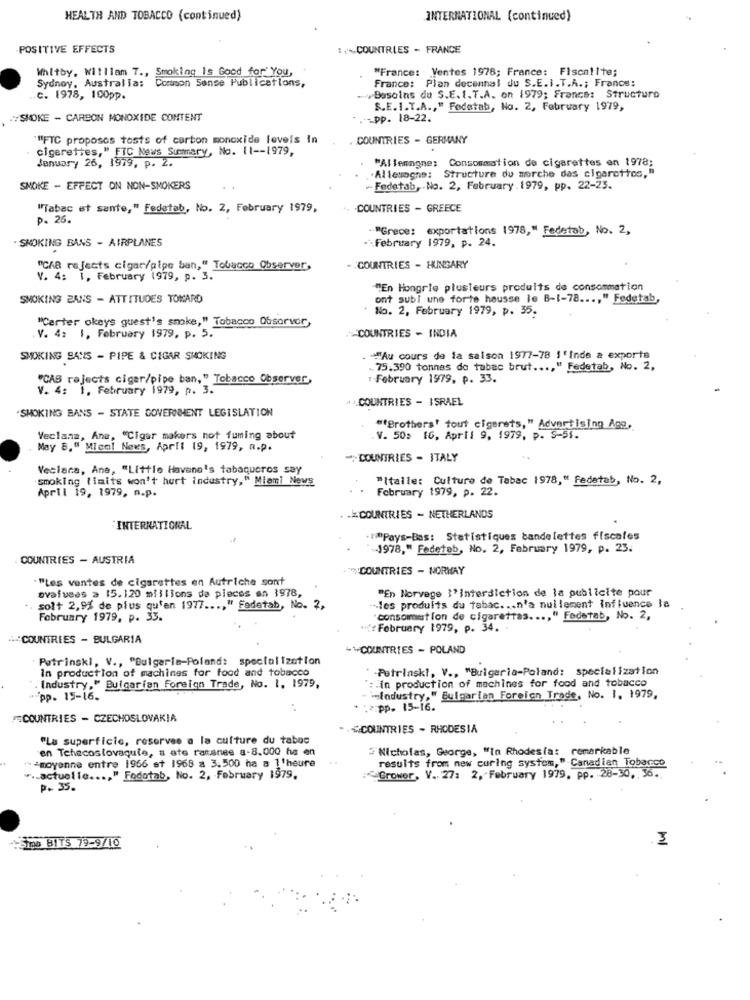
HEALTH AND TOBACCO (continued)
INTERNATIONAL (continued)
-POSITIVE EFFECTS
:. COUNTRIES - FRANCE
Whitby, Withlam 7 ., Smoking Is Good for You,
"France: Ventes 1978; France: Fiscallte;
Sydney, Australia:
Common Sense Publications,
France: Plan decemnal du S.E.I.T.A .; Francs:
c. 1978, 100pp.
Bosoins da S.E. I.T.A. on 1979; France: Structure
S.E.I.T.A ., " Fodatab, No. 2, February 1979,
SMOKE - CARBON MONOXIDE CONTENT
.- pp. 18-22.
"FTC proposos tosts of carbon monoxide loveis In
. COUNTRIES - GERMANY
cigarettes," FTC News Summary, No. 11 -- 1979,
January 26, 1979, p. 2.
"Allemagne: Consommation de cigarettes en 1978;
Allemogne: Structure du morche das cigarettes,"
SNOKE - EFFECT ON NON-SMOKERS
-Fedetab, No. 2, February. 1979, pp. 22-23.
"Tabac et sante," Fedetab, No. 2, February 1979,
.. . COUNTRIES - GREECE
p. 26.
-"Grece: exportations 1978," Fedetab, No. 2,
SMOKING BANS - AIRPLANES
-- February 1979, p. 24.
"Cha rejects cigar/pipe ban," Tobacco Observer,
-. COUNTRIES - HUNGARY
V. 4: 1, February 1979, p. 3.
"En Hongrie plusieurs produits de consommation
SMOKING ZANS - ATTITUDES TOWARD
ont subi une forte hausse le B-1-78 ..., " Fedetab,
. No. 2, February 1979, p. 35.
"Carter okeys quest's smoke," Tobacco Obsorver,
V. 4: 1, February 1979, p. 5.
COUNTRIES - INDIA
SMOKING SAYS - PIPE & CIGAR SMOKING
Au cours de la saison 1977-78 1'inde a exports
.. 75.390 tonnes de tabac brut ..., " Fedetab, No. 2,
"CAS rejects cigar/pipe ban," Tobacco Observer,
February 1979, p. 33.
V. 4: 1. February 1979, p. 3.
.. COUNTRIES - ISRAEL
.SMOKING BANS - STATE GOVERNMENT LEGISLATION
"(Brothers' tout cigarets," Advertising Age,
Veclana, Ana, "Cigar makers not fuming about
.V. 50= 16, April 9, 1979, p. S-51.
May 8," Mien! News, April 19, 1979, a.p.
"COUNTRIES - ITALY
Veclara, Ane, "Little Havana's tabaqueros say
smoking limits won't hurt industry," Miami News
"Italie: Cultura de Tabac 1978," Fedetab, No. 2,
April 19, 1979, n.p.
February 1979, p. 22.
. .. COUNTRIES - NETHERLANDS
INTERNATIONAL
** Pays-Bas: Statistiques bandelettes fiscales
1978," Fedeteb, No. 2, February 1979, p. 23.
COUNTRIES - AUSTRIA
""COUNTRIES - NORHAY
"Les ventes de cigarettes en Autriche sont
ovafuees a 15.120 millions da pieces an 1978,
"En Norvege l'interdiction de la publicite pour
solt 2,9% de plus qu'en 1977 ..., " Fadetab, No. 2,
-- les produits du tabac ... n'a nullement influence la
February 1979, p. 33.
consommation de cigarettas ...
." Fedetab, No. 2,
"{: February 1979, p. 34. -
4-COUNTRIES - BULGARIA
++COUNTRIES - POLAND
Petrinski, V ., "Bulgaria-Poland: specialization
In production of machines for food and tobacco
Petrinski, V ., "Bulgaria-Poland: specialization
: in production of machines for food and tobacco
Industry," Bulgarian Foreign Trade, No. 1. 1979,
.pp. 15-16.
=Industry," Bulgarian Foreign Trade, No. 1. 1979,
. :: pp. 15-16.
=COUNTRIES - CZECHOSLOVAKIA
-.¿ COUNTRIES - RHODESIA
"La superficie, reserves a la culture du tabos
en Tehecoslovaquie, a ate rarenee a-8.000 ha en
2'Nicholas, George, "la Rhodesfat remarkable
" -moyenne entre 1956 et 1968 a 3.500 ha a l'heure
results from new curing system," Canadian Tobacco
w .. actuelle ..., " Fodatab, No. 2, February 1979,
Grower, V. 27: 2, February 1979, pp. 28-30. 36.
P. 35.
ml
-Sioo BITS 79-9/10